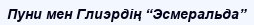
Пуни мен Глиэрдің “Эсмеральда”